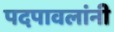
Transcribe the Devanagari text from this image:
पदपावलांनी